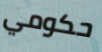
حكومي